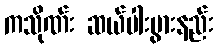
ကသိုဏ်း ဆယ်ပါးပွားနည်း